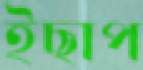
ইছাপ